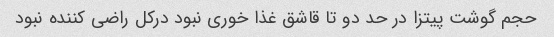
حجم گوشت پیتزا در حد دو تا قاشق غذا خوری نبود درکل راضی کننده نبود